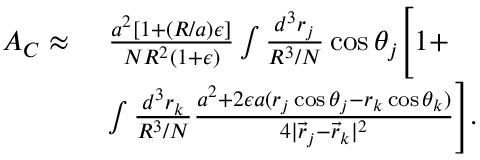
\begin{array} { r l } { A _ { C } \approx \ } & { \frac { a ^ { 2 } [ 1 + ( R / a ) \epsilon ] } { N R ^ { 2 } ( 1 + \epsilon ) } \int \frac { d ^ { 3 } r _ { j } } { R ^ { 3 } / N } \cos \theta _ { j } \Bigg [ 1 + } \\ & { \int \frac { d ^ { 3 } r _ { k } } { R ^ { 3 } / N } \frac { a ^ { 2 } + 2 \epsilon a ( r _ { j } \cos \theta _ { j } - r _ { k } \cos \theta _ { k } ) } { 4 | \vec { r } _ { j } - \vec { r } _ { k } | ^ { 2 } } \Bigg ] . } \end{array}